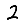
Digit: 2